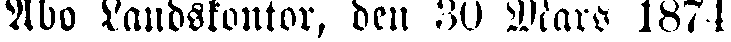
Åbo Landskontor, den 30 Mars 1874